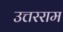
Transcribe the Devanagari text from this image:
उत्तरराम